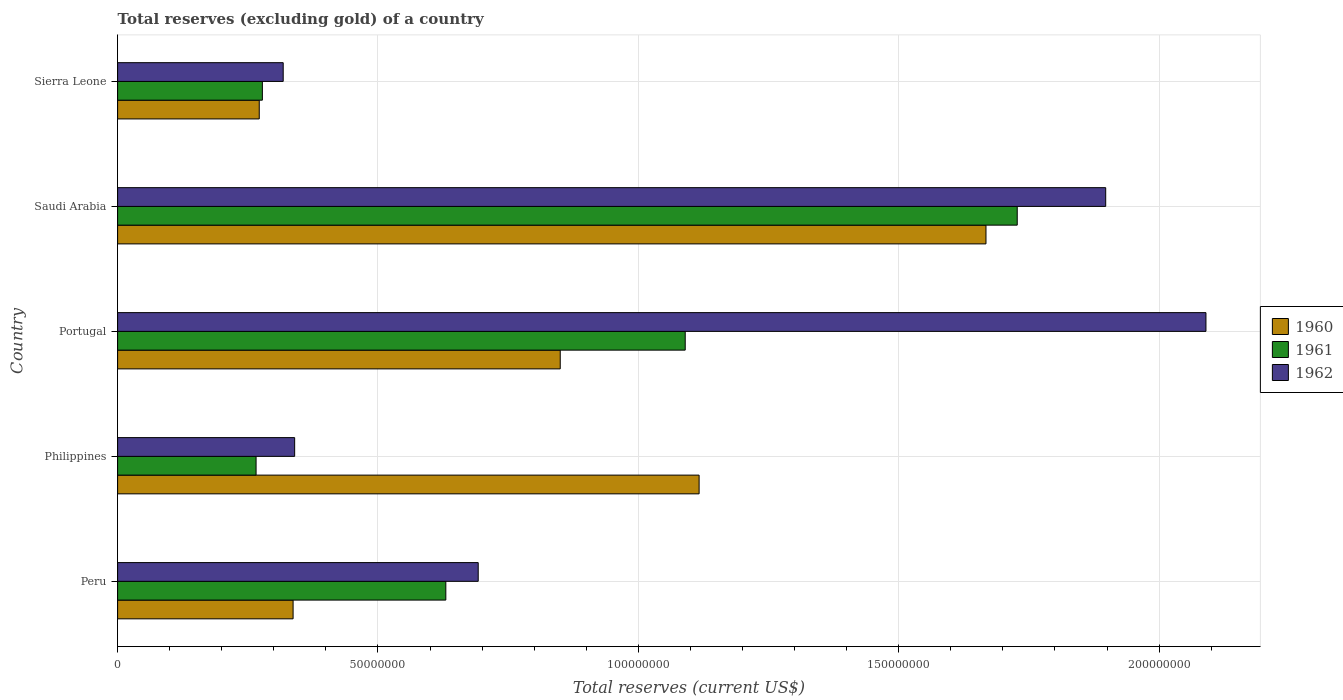
| Country | 1960 | 1961 | 1962 |
 | --- | --- | --- | --- |
 | Peru | 3.37e+07 | 6.3e+07 | 6.92e+07 |
 | Philippines | 1.12e+08 | 2.66e+07 | 3.4e+07 |
 | Portugal | 8.5e+07 | 1.09e+08 | 2.09e+08 |
 | Saudi Arabia | 1.67e+08 | 1.73e+08 | 1.9e+08 |
 | Sierra Leone | 2.72e+07 | 2.78e+07 | 3.18e+07 |